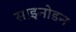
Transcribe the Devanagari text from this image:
साइनोडन